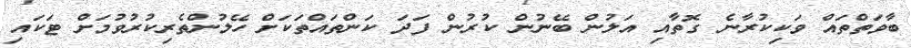
ބާވަތްތައް ވަކިކުރާނެ ގޮތާއި އަލުން ބޭނުން ކުރުން ފަދަ ކަންތައްތަކަށް ހޭލުންތެރިކުރުވުމަށް ޓަކައި